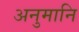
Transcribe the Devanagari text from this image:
अनुमानि